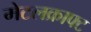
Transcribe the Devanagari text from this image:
मेटलक्राफ्ट